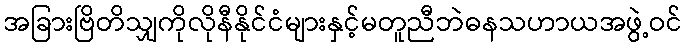
အခြားဗြိတိသျှကိုလိုနီနိုင်ငံများနှင့်မတူညီဘဲဓနသဟာယအဖွဲ့ဝင်